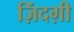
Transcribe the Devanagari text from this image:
ज़िंदग़ी